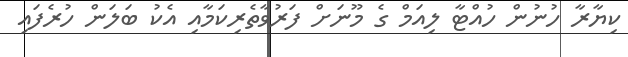
ކިޔާރާ ހުނުން ހުއްޓާ ލިއަމް ގެ މޫނަށް ފަރުވާތެރިކަމާއި އެކު ބަލަން ހުރެފައި